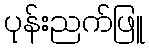
ပုန်းညက်ဖြူ